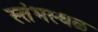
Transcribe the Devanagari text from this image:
स्तंभस्थळ